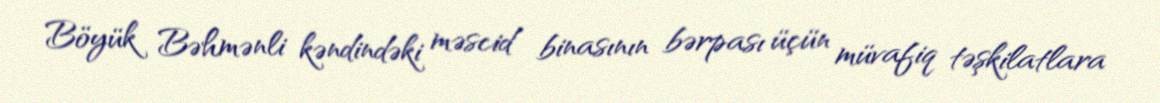
Böyük Bəhmənli kəndindəki məscid binasının bərpası üçün müvafiq təşkilatlara